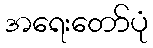
အရေးတော်ပုံ